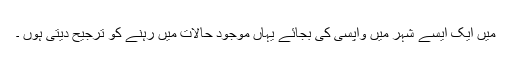
میں ایک ایسے شہر میں واپسی کی بجائے یہاں موجود حالات میں رہنے کو ترجيح دیتی ہوں ۔